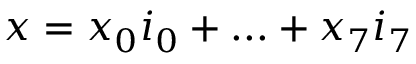
x = x _ { 0 } i _ { 0 } + . . . + x _ { 7 } i _ { 7 }